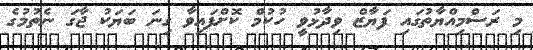
މި ރަސްމިއްޔާތުގައި ފަޔާޒް ވިދާޅުވީ ހުކުމް ކޮށްފައިވާ ގިނަ ބަޔަކު ޖާގަ ނެތުމުގެ